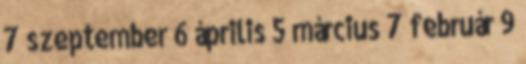
7 szeptember 6 április 5 március 7 február 9